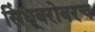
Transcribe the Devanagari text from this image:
सिंधूबरोबरच